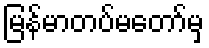
မြန်မာတပ်မတော်မှ